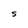
Character: S